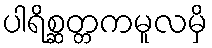
ပါရိစ္ဆတ္တကမူလမှိ